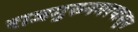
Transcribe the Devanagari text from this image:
राजगुरुनगरपासून